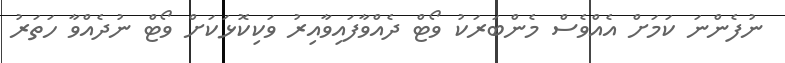
ނުފެންނަ ކަމަށް އެއްވެސް މެންބަރަކު ވޯޓް ދެއްވާފައިވާއިރު ވަކިކޮޅަކަށް ވޯޓް ނުދެއްވާ ހަތަރު